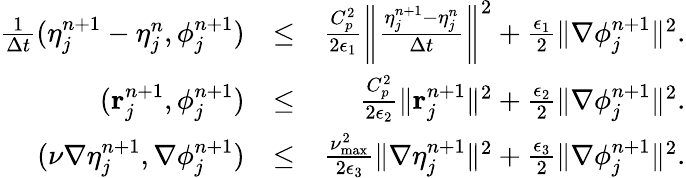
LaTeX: \begin{array}{rlr}{\frac{1}{\Delta t}({\mathbf\eta}_{j}^{n+1}-{\mathbf\eta}_{j}^{n},{\mathbf\phi}_{j}^{n+1})}&{\le}&{\frac{C_{p}^{2}}{2\epsilon_{1}}\left\| \frac{{\mathbf\eta}_{j}^{n+1}-{\mathbf\eta}_{j}^{n}}{\Delta t}\right\| ^{2}+\frac{\epsilon_{1}}{2}\| \nabla{\mathbf\phi}_{j}^{n+1}\| ^{2}.}\\ {({\mathbf r}_{j}^{n+1},{\mathbf\phi}_{j}^{n+1})}&{\le}&{\frac{C_{p}^{2}}{2\epsilon_{2}}\| {\mathbf r}_{j}^{n+1}\| ^{2}+\frac{\epsilon_{2}}{2}\| \nabla{\mathbf\phi}_{j}^{n+1}\| ^{2}.}\\ {(\nu\nabla{\mathbf\eta}_{j}^{n+1},\nabla{\mathbf\phi}_{j}^{n+1})}&{\le}&{\frac{{\nu}_{\operatorname*{max}}^{2}}{2\epsilon_{3}}\| \nabla{\mathbf\eta}_{j}^{n+1}\| ^{2}+\frac{\epsilon_{3}}{2}\| \nabla{\mathbf\phi}_{j}^{n+1}\| ^{2}.}\end{array}